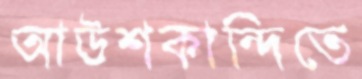
আউশকান্দিতে